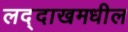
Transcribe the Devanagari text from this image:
लद्दाखमधील